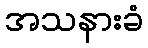
အသနားခံ